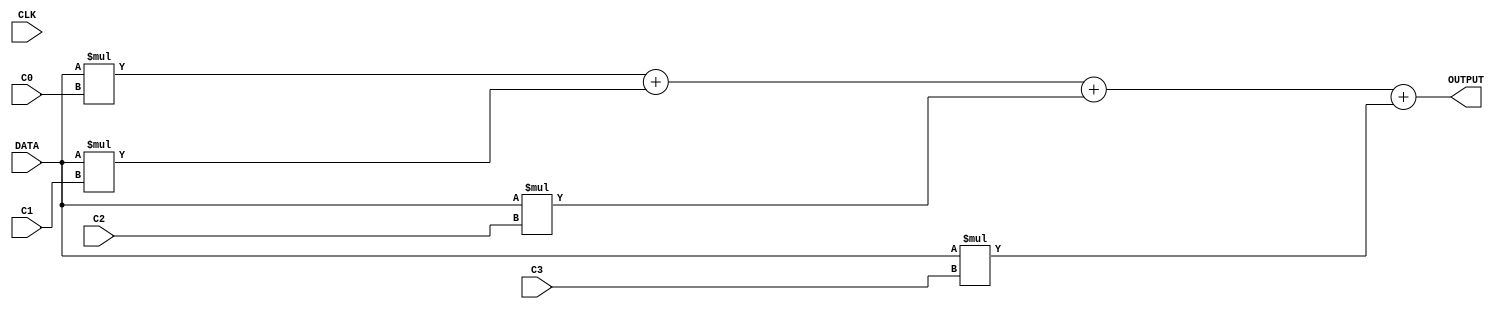
//NAME: SHAHBAZ HASSAN KHAN MALIK
//LAB 6B

`timescale 1 ns / 1 ns

module NON_H(OUTPUT, DATA, C0, C1, C2, C3, CLK); 

parameter SIZE = 8; //Let the default width = 8 bits

input[SIZE-1:0] DATA, CLK; //4 bits
input[SIZE:0] C0,C1,C2,C3; //5bits
output reg[2*SIZE+1:0]  OUTPUT; //12bits


always @*

OUTPUT <= DATA*C0 + DATA*C1 + DATA*C2 + DATA*C3;


endmodule